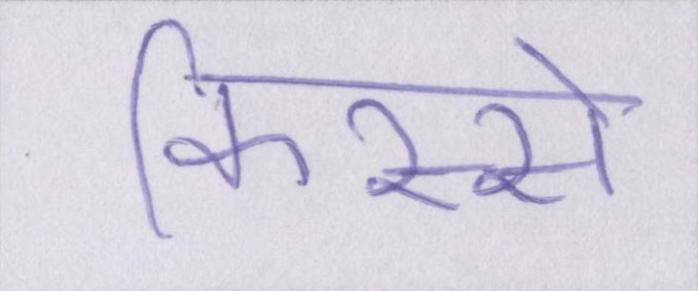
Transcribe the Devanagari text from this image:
किस्से